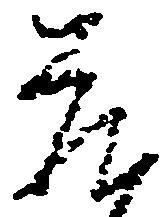
蔵